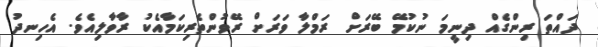
ދައްތަ ރިންގެއް ދިނީމަ ނުކުމޭ ބޭރަށް ރަމްލާ ވަރަށް ރޭވުންތެރިކަމާއެކު ރާވާލިއެވެ. އެހިނދު